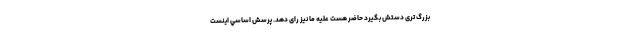
بزرگ تری دستش بگیرد حاضر هست علیه ما نیز رای دهد. پرسش اساسي اينست